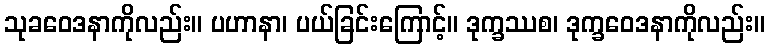
သုခဝေဒနာကိုလည်း။ ပဟာနာ၊ ပယ်ခြင်းကြောင့်။ ဒုက္ခဿစ၊ ဒုက္ခဝေဒနာကိုလည်း။